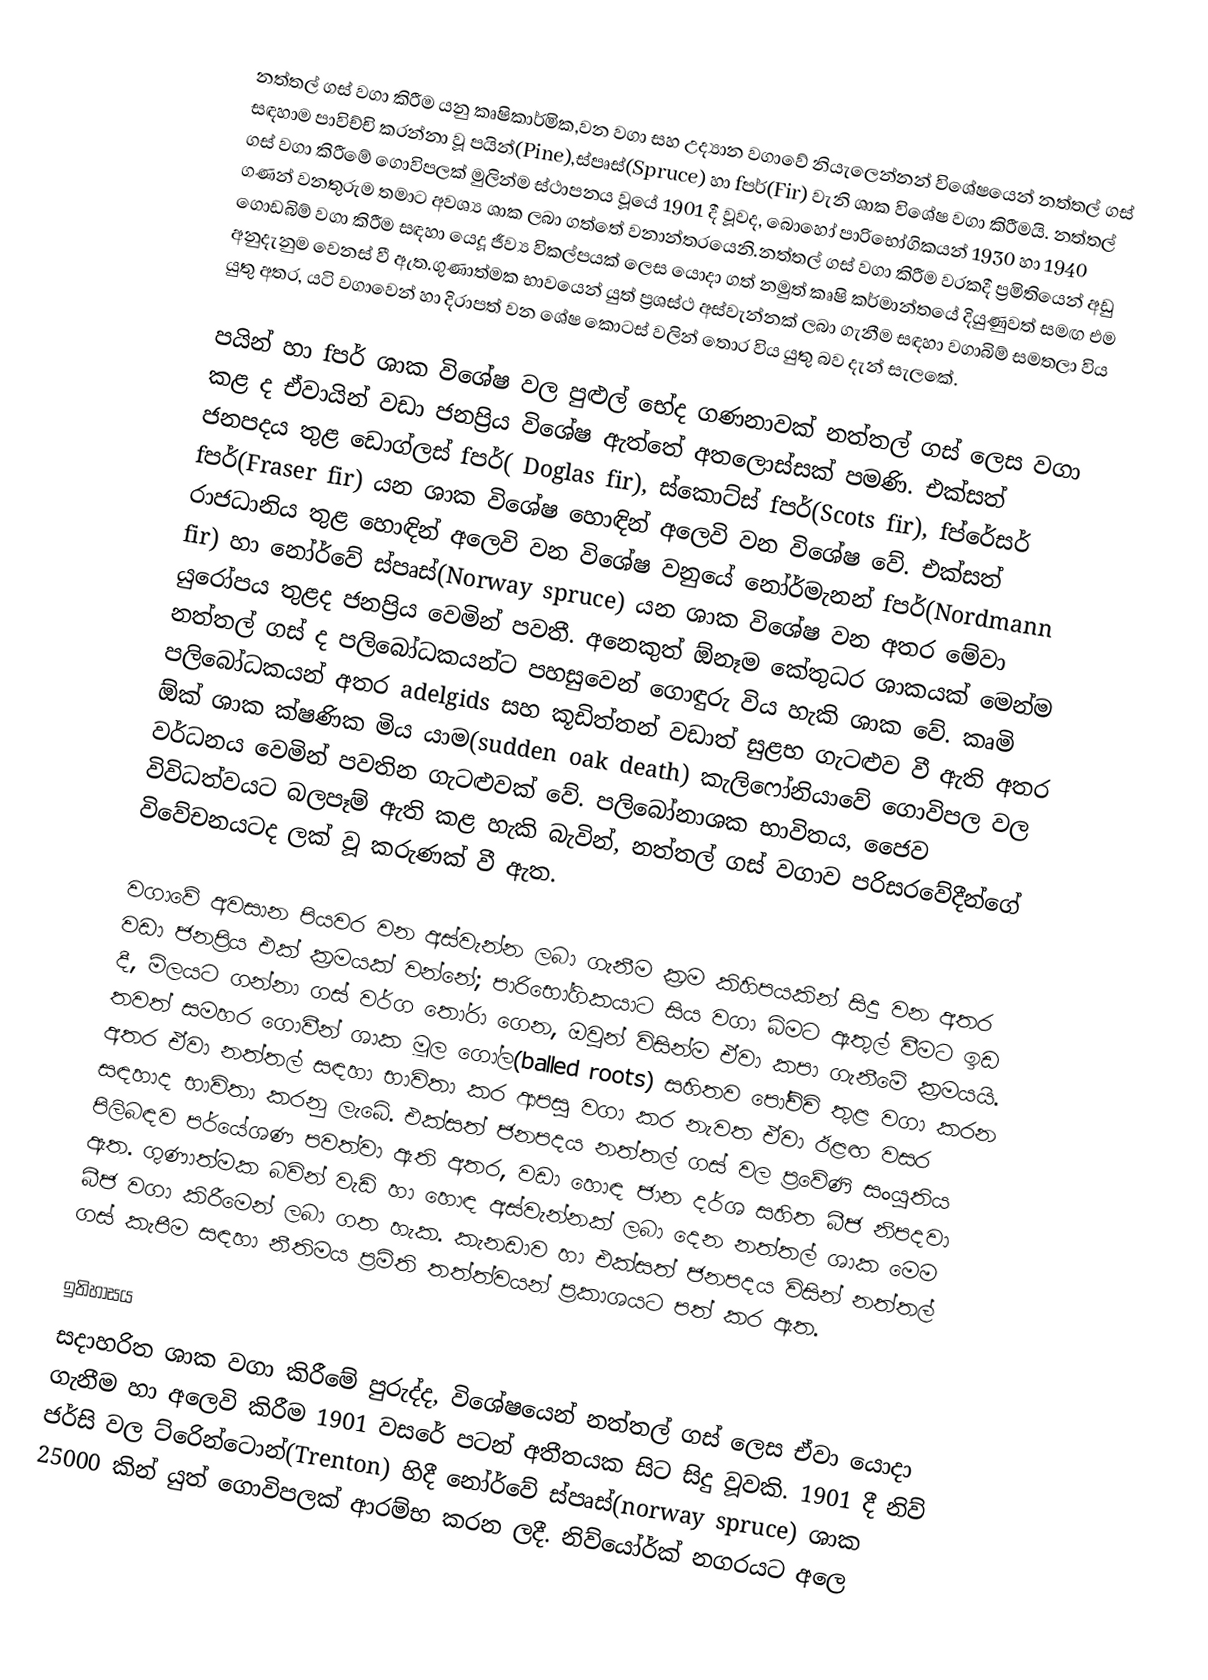
නත්තල් ගස් වගා කිරීම යනු කෘෂිකාර්මික,වන වගා සහ උද්‍යාන වගාවේ නියැලෙන්නන් විශේෂයෙන් නත්තල් ගස් සඳහාම පාවිච්චි කරන්නා වූ පයින්(Pine),ස්පෘස්(Spruce) හා fපර්(Fir) වැනි ශාක විශේෂ වගා කිරීමයි. නත්තල් ගස් වගා කිරීමේ ගොවිපලක් මුලින්ම ස්ථාපනය වූයේ 1901 දී වූවද, බොහෝ පාරිභෝගිකයන් 1930 හා 1940 ගණන් වනතුරුම තමාට අවශ්‍ය ශාක ලබා ගත්තේ වනාන්තරයෙනි.නත්තල් ගස් වගා කිරීම වරකදී ප්‍රමිතියෙන් අඩු ගොඩබිම් වගා කිරීම සඳහා යෙදූ ජීව්‍ය විකල්පයක් ලෙස යොදා ගත් නමුත් කෘෂි කර්මාන්තයේ දියුණුවත් සමඟ එම අනුදැනුම වෙනස් වී ඇත.ගුණාත්මක භාවයෙන් යුත් ප්‍රශස්ථ අස්වැන්නක් ලබා ගැනීම සඳහා වගාබිම් සමතලා විය යුතු අතර, යටි වගාවෙන් හා දිරාපත් වන ශේෂ කොටස් වලින් තොර විය යුතු බව දැන් සැලකේ.

පයින් හා fපර් ශාක විශේෂ වල පුළුල් භේද ගණනාවක් නත්තල් ගස් ලෙස වගා කළ ද ඒවායින් වඩා ජනප්‍රිය විශේෂ ඇත්තේ අතලොස්සක් පමණි. එක්සත් ජනපදය තුළ ඩොග්ලස් fපර්( Doglas fir), ස්කොට්ස් fපර්(Scots fir), fප්රේසර් fපර්(Fraser fir) යන ශාක විශේෂ හොඳින් අලෙවි වන විශේෂ වේ. එක්සත් රාජධානිය තුළ හොඳින් අලෙවි වන විශේෂ වනුයේ නෝර්මැනන් fපර්(Nordmann fir) හා නෝර්වේ ස්පෘස්(Norway spruce) යන ශාක විශේෂ වන අතර මේවා යුරෝපය තුළද ජනප්‍රිය වෙමින් පවතී. අනෙකුත් ඕනෑම කේතුධර ශාකයක් මෙන්ම නත්තල් ගස් ද පලිබෝධකයන්ට පහසුවෙන් ගොඳුරු විය හැකි ශාක වේ. කෘමි පලිබෝධකයන් අතර adelgids සහ කූඩිත්තන් වඩාත් සුළභ ගැටළුව වී ඇති අතර ඕක් ශාක ක්ෂණික මිය යාම(sudden oak death) කැලිෆෝනියාවේ ගොවිපල වල වර්ධනය වෙමින් පවතින ගැටළුවක් වේ. පලිබෝනාශක භාවිතය, ජෛව විවිධත්වයට බලපෑම් ඇති කළ හැකි බැවින්, නත්තල් ගස් වගාව පරිසරවේදීන්ගේ විවේචනයටද ලක් වූ කරුණක් වී ඇත.

වගාවේ අවසාන පියවර වන අස්වැන්න ලබා ගැනීම ක්‍රම කිහිපයකින් සිදු වන අතර වඩා ජනප්‍රිය එක් ක්‍රමයක් වන්නේ; පාරිභෝගිකයාට සිය වගා බිමට ඇතුල් වීමට ඉඩ දී, මිලයට ගන්නා ගස් වර්ග තෝරා ගෙන, ඔවුන් විසින්ම ඒවා කපා ගැනීමේ ක්‍රමයයි. තවත් සමහර ගොවීන් ශාක මූල ගෝල(balled roots) සහිතව පෝච්චි තුළ වගා කරන අතර ඒවා නත්තල් සඳහා භාවිතා කර ආපසු වගා කර නැවත ඒවා ඊළඟ වසර සඳහාද භාවිතා කරනු ලැබේ. එක්සත් ජනපදය නත්තල් ගස් වල ප්‍රවේණි සංයුතිය පිලිබඳව පර්යේශණ පවත්වා ඇති අතර, වඩා හොඳ ජාන දර්ශ සහිත බීජ නිපදවා ඇත. ගුණාත්මක බවින් වැඩි හා හොඳ අස්වැන්නක් ලබා දෙන නත්තල් ශාක මෙම බීජ වගා කිරීමෙන් ලබා ගත හැක. කැනඩාව හා එක්සත් ජනපදය විසින් නත්තල් ගස් කැපීම සඳහා නීතිමය ප්‍රමිති තත්ත්වයන් ප්‍රකාශයට පත් කර ඇත.

ඉතිහාසය
සදාහරිත ශාක වගා කිරීමේ පුරුද්ද, විශේෂයෙන් නත්තල් ගස් ලෙස ඒවා යොදා ගැනීම හා අලෙවි කිරීම 1901 වසරේ පටන් අතීතයක සිට සිදු වූවකි. 1901 දී නිව් ජර්සි වල ට්රෙින්ටොන්(Trenton) හිදී නෝර්වේ ස්පෘස්(norway spruce) ශාක 25000 කින් යුත් ගොවිපලක් ආරම්භ කරන ලදී. නිව්යෝර්ක් නගරයට අලෙ